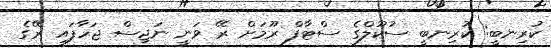
ކުރިނބީ: ކުރިނބީ ސުކޫލްގެ ސްޓާފް ރޫމަށް ރޭ ވަނީ ނަޖިސް ޖަހާފައި ރޭގެ